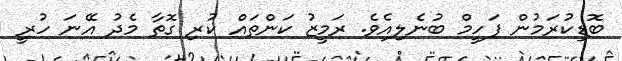
ބޮޑިކުރަމުން ފަހީމް ބުނެލިއެވެ. ރަމީޒު ކަންތައް ކުރި ގޮތާ މެދު އޭނަ ހުރީ